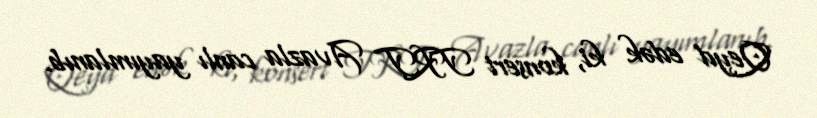
Qeyd edək ki, konsert TRT Avazla canlı yayımlanıb.